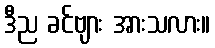
ဒီည ခင်ဗျား အားသလား။